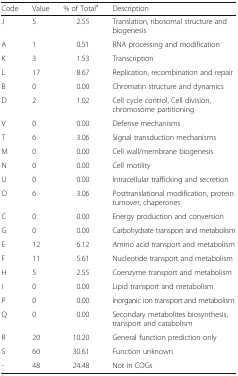
<table><thead><tr><td><b>Code</b></td><td><b>Value</b></td><td><b>% of Total<sup>a</sup></b></td><td><b>Description</b></td></tr></thead><tbody><tr><td>J</td><td>5</td><td>2.55</td><td>Translation, ribosomal structure and biogenesis</td></tr><tr><td>A</td><td>1</td><td>0.51</td><td>RNA processing and modification</td></tr><tr><td>K</td><td>3</td><td>1.53</td><td>Transcription</td></tr><tr><td>L</td><td>17</td><td>8.67</td><td>Replication, recombination and repair</td></tr><tr><td>B</td><td>0</td><td>0.00</td><td>Chromatin structure and dynamics</td></tr><tr><td>D</td><td>2</td><td>1.02</td><td>Cell cycle control, Cell division, chromosome partitioning</td></tr><tr><td>V</td><td>0</td><td>0.00</td><td>Defense mechanisms</td></tr><tr><td>T</td><td>6</td><td>3.06</td><td>Signal transduction mechanisms</td></tr><tr><td>M</td><td>0</td><td>0.00</td><td>Cell wall/membrane biogenesis</td></tr><tr><td>N</td><td>0</td><td>0.00</td><td>Cell motility</td></tr><tr><td>U</td><td>0</td><td>0.00</td><td>Intracellular trafficking and secretion</td></tr><tr><td>O</td><td>6</td><td>3.06</td><td>Posttranslational modification, protein turnover, chaperones</td></tr><tr><td>C</td><td>0</td><td>0.00</td><td>Energy production and conversion</td></tr><tr><td>G</td><td>0</td><td>0.00</td><td>Carbohydrate transport and metabolism</td></tr><tr><td>E</td><td>12</td><td>6.12</td><td>Amino acid transport and metabolism</td></tr><tr><td>F</td><td>11</td><td>5.61</td><td>Nucleotide transport and metabolism</td></tr><tr><td>H</td><td>5</td><td>2.55</td><td>Coenzyme transport and metabolism</td></tr><tr><td>I</td><td>0</td><td>0.00</td><td>Lipid transport and metabolism</td></tr><tr><td>P</td><td>0</td><td>0.00</td><td>Inorganic ion transport and metabolism</td></tr><tr><td>Q</td><td>0</td><td>0.00</td><td>Secondary metabolites biosynthesis, transport and catabolism</td></tr><tr><td>R</td><td>20</td><td>10.20</td><td>General function prediction only</td></tr><tr><td>S</td><td>60</td><td>30.61</td><td>Function unknown</td></tr><tr><td>-</td><td>48</td><td>24.48</td><td>Not in COGs</td></tr></tbody></table>